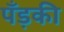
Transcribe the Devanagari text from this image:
पँड़की